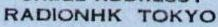
RADIONHK TOKYO